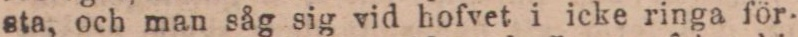
sta, och man såg sig vid hofvet i icke ringa för-